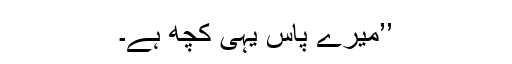
’’میرے پاس یہی کچھ ہے۔